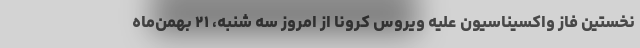
نخستین فاز واکسیناسیون علیه ویروس کرونا از امروز سه شنبه،‌ ۲۱ بهمن‌ماه